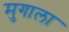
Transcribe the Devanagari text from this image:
मुगाला